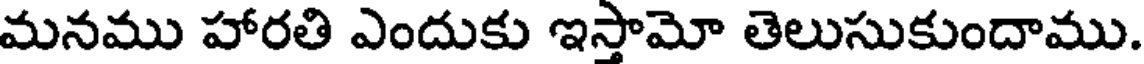
మనము హారతి ఎందుకు ఇస్తామో తెలుసుకుందాము.